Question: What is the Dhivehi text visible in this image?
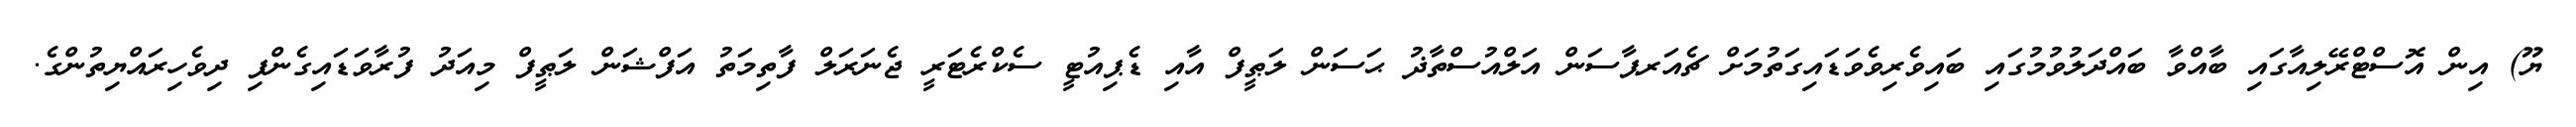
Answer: ޔޫ) އިން އޮސްޓްރޭލިއާގައި ބާއްވާ ބައްދަލުވުމުގައި ބައިވެރިވެވަޑައިގަތުމަށް ޗެއަރޕާސަން އަލްއުސްތާޛު ޙަސަން ލަޠީފް އާއި ޑެޕިއުޓީ ސެކްރެޓަރީ ޖެނަރަލް ފާތިމަތު އަފްޝަން ލަޠީފް މިއަދު ފުރާވަޑައިގެންފި ދިވެހިރައްޔިތުންގެ.